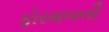
ફોરમબની